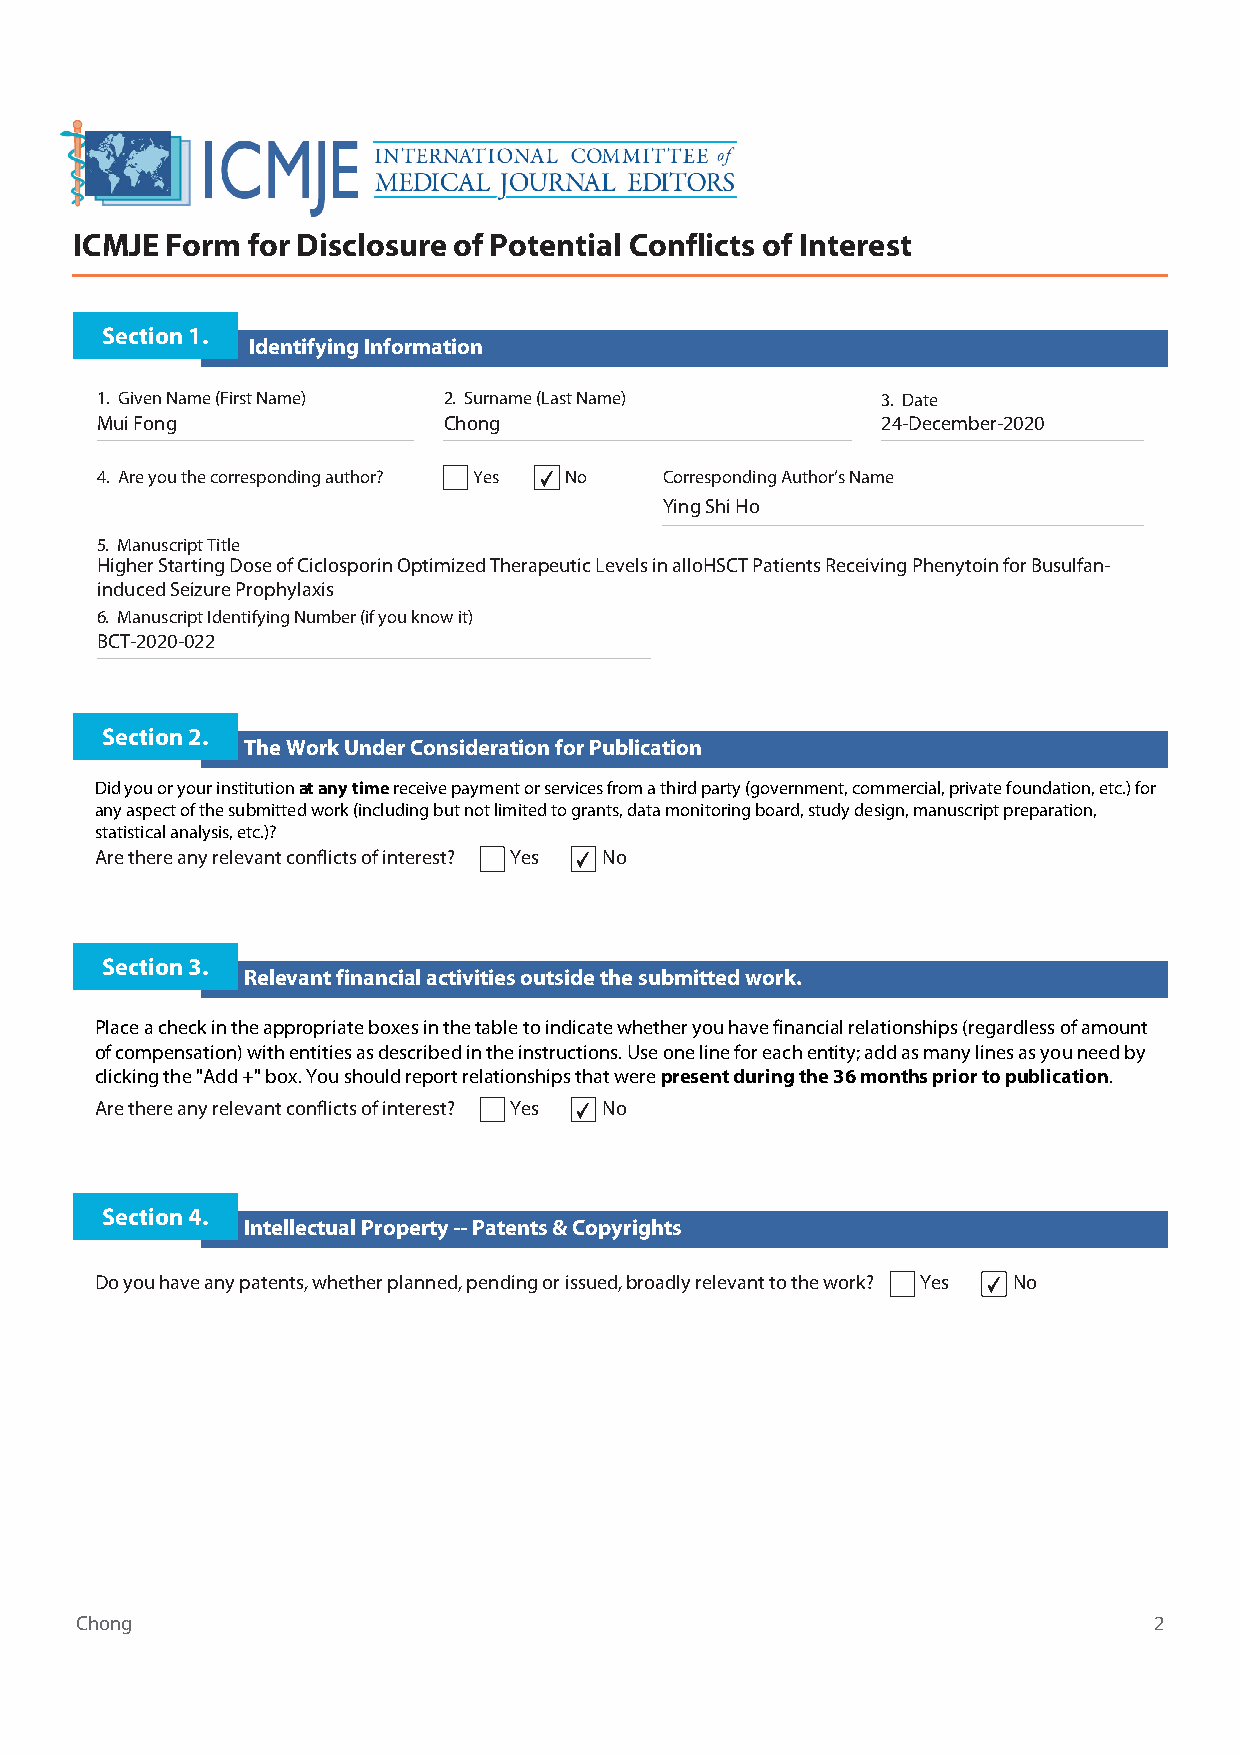
ICMJE Form for Disclosure of Potential Conflicts of Interest
 Section 1.
 Identifying Information
 1. Given Name (First Name) 2. Surname (Last Name)   3. Date
 Mui Fong               Chong                        24-December-2020
 4. Are you the corresponding author? Yes ✔ No Corresponding Author’s Name
 Ying Shi Ho
 5. Manuscript Title
 Higher Starting Dose of Ciclosporin Optimized Therapeutic Levels in alloHSCT Patients Receiving Phenytoin for Busulfan-
 induced Seizure Prophylaxis
 6. Manuscript Identifying Number (if you know it)
 BCT-2020-022
 Section 2.
 The Work Under Consideration for Publication
 Did you or your institution at any time receive payment or services from a third party (government, commercial, private foundation, etc.) for
 any aspect of the submitted work (including but not limited to grants, data monitoring board, study design, manuscript preparation,
 statistical analysis, etc.)?
 Are there any relevant conflicts of interest? Yes ✔ No
 Section 3.
 Relevant financial activities outside the submitted work.
 Place a check in the appropriate boxes in the table to indicate whether you have financial relationships (regardless of amount
 of compensation) with entities as described in the instructions. Use one line for each entity; add as many lines as you need by
 clicking the "Add +" box. You should report relationships that were present during the 36 months prior to publication.
 Are there any relevant conflicts of interest? Yes ✔ No
 Section 4.
 Intellectual Property -- Patents & Copyrights
 Do you have any patents, whether planned, pending or issued, broadly relevant to the work? Yes ✔ No
 Chong                                                                  2